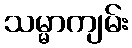
သမ္မာကျမ်း